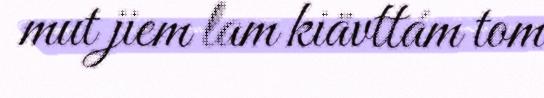
mut jiem lam kiävttám tom